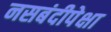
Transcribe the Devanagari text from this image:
नसबंदीपेक्षा